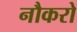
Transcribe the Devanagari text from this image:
नौकरो